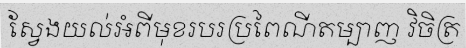
ស្វែងយល់អំពីមុខរបរប្រពៃណីតម្បាញ វិចិត្រ